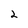
Character: 2